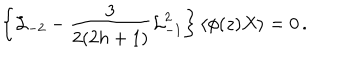
LaTeX: \left\{ { \cal L } _ { - 2 } - \frac { 3 } { 2 ( 2 h + 1 ) } { \cal L } _ { - 1 } ^ { 2 } \right\} \langle \phi ( z ) X \rangle = 0 \, .